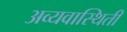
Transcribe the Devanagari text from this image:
अव्यवास्थिती